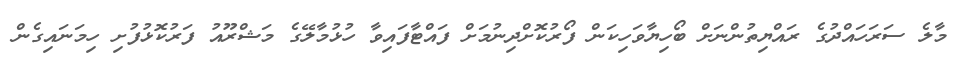
މާލެ ސަރަހައްދުގެ ރައްޔިތުންނަށް ބޯހިޔާވަހިކަން ފޯރުކޮށްދިނުމަށް ފައްޓާފައިވާ ހުޅުމާލޭގެ މަޝްރޫއު ފަރުކޮޅުފުށި ހިމަނައިގެން